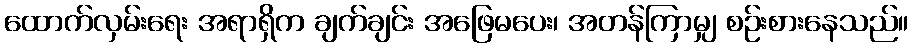
ထောက်လှမ်းရေး အရာရှိက ချက်ချင်း အဖြေမပေး၊ အတန်ကြာမျှ စဉ်းစားနေသည်။